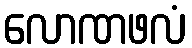
လောဏဖလံ